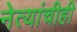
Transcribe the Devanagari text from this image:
नेत्यांचीही